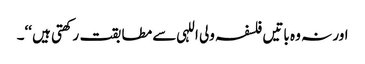
اور نہ وہ باتیں فلسفہ ولی اللہی سے مطابقت رکھتی ہیں ‘‘۔